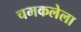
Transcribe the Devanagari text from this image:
चमकलेला